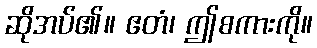
ဆိုအပ်၏။ ဧတံ၊ ဤစကားကို။